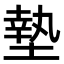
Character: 墊